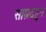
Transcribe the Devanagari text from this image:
साम्रदहुन